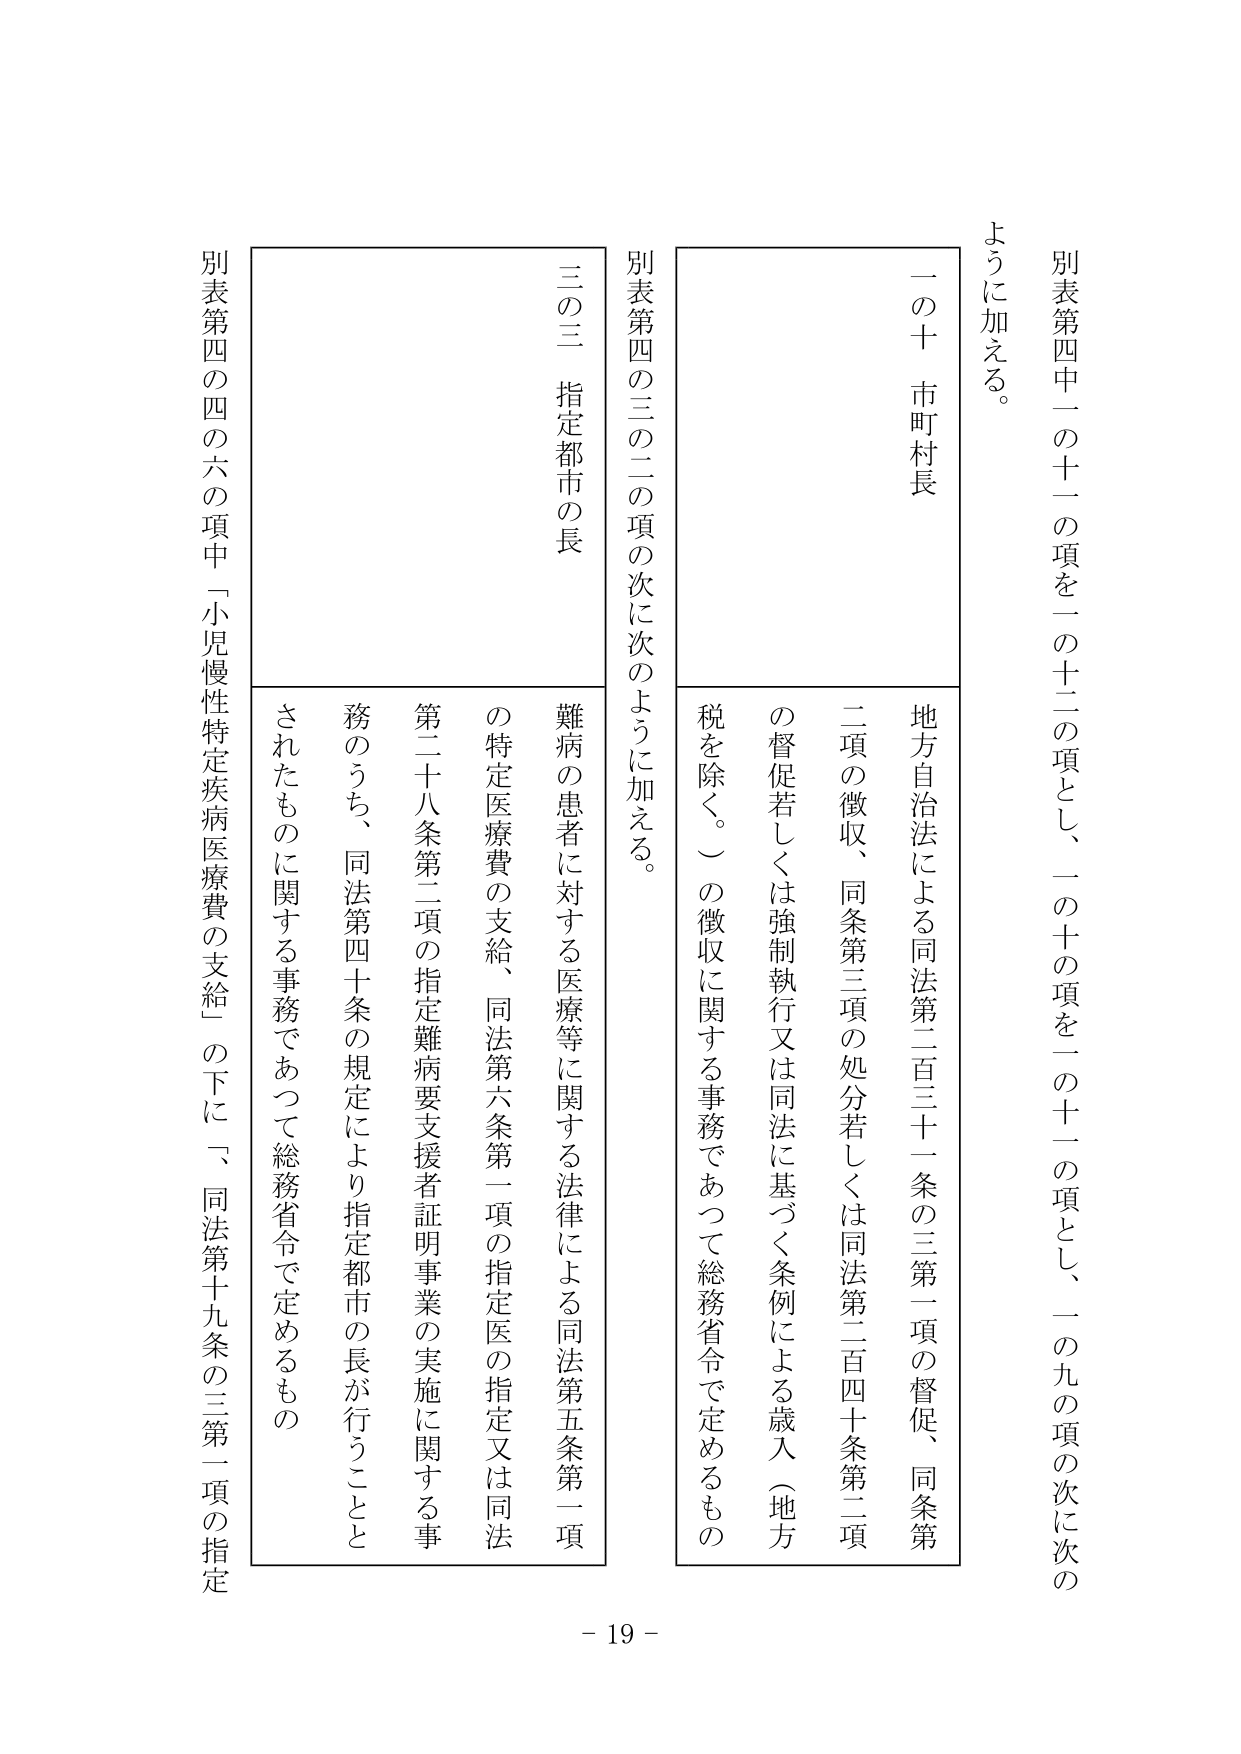
別表第四中一の十一の項を一の十二の項とし、一の十の項を一の十一の項とし、一の九の項の次に次の
ように加える。

一の十 市町村長
地方自治法による同法第二百三十一条の三第一項の督促、同条第
二項の徴収、同条第三項の処分若しくは同法第二百四十条第二項
の督促若しくは強制執行又は同法に基づく条例による歳入（地方
税を除く。）の徴収に関する事務であつて総務省令で定めるもの

別表第四の三の二の項の次に次のように加える。

三の三 指定都市の長
難病の患者に対する医療等に関する法律による同法第五条第一項
の特定医療費の支給、同法第六条第一項の指定医の指定又は同法
第二十八条第二項の指定難病要支援者証明事業の実施に関する事
務のうち、同法第四十条の規定により指定都市の長が行うことと
されたものに関する事務であつて総務省令で定めるもの

別表第四の四の六の項中「小児慢性特定疾病医療費の支給」の下に、「同法第十九条の三第一項の指定

- 19 -